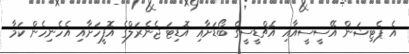
އެ ޕެޓިޝަން އޭސީސީއާއި އެޗްޑީސީގެ ބޯޑަށާއި އޮޑިޓަ ޖެނެރަލްގެ އޮފީހަށާއި އެހެނިހެން ކަމާ